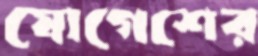
যোগেশের